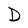
Character: D